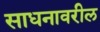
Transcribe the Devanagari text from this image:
साधनावरील